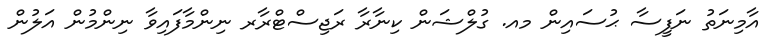
އާމިނަތު ނަފީސާ ޙުސައިން މއ. ގުލްޝަން ކިނާރާ ރަޖިސްޓްރާރ ނިންމާފައިވާ ނިންމުން އަލުން